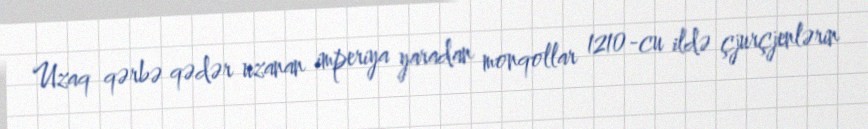
Uzaq qərbə qədər uzanan imperiya yaradan monqollar 1210-cu ildə çjurçjenlərin